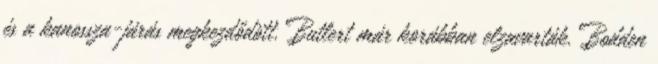
és a kanossza-járás megkezdődött. Butlert már korábban elzavarták. Bodden